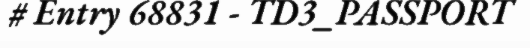
# Entry 68831 - TD3_PASSPORT